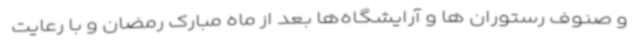
و صنوف رستوران ها و آرایشگاه‌ها بعد از ماه مبارک رمضان و با رعایت